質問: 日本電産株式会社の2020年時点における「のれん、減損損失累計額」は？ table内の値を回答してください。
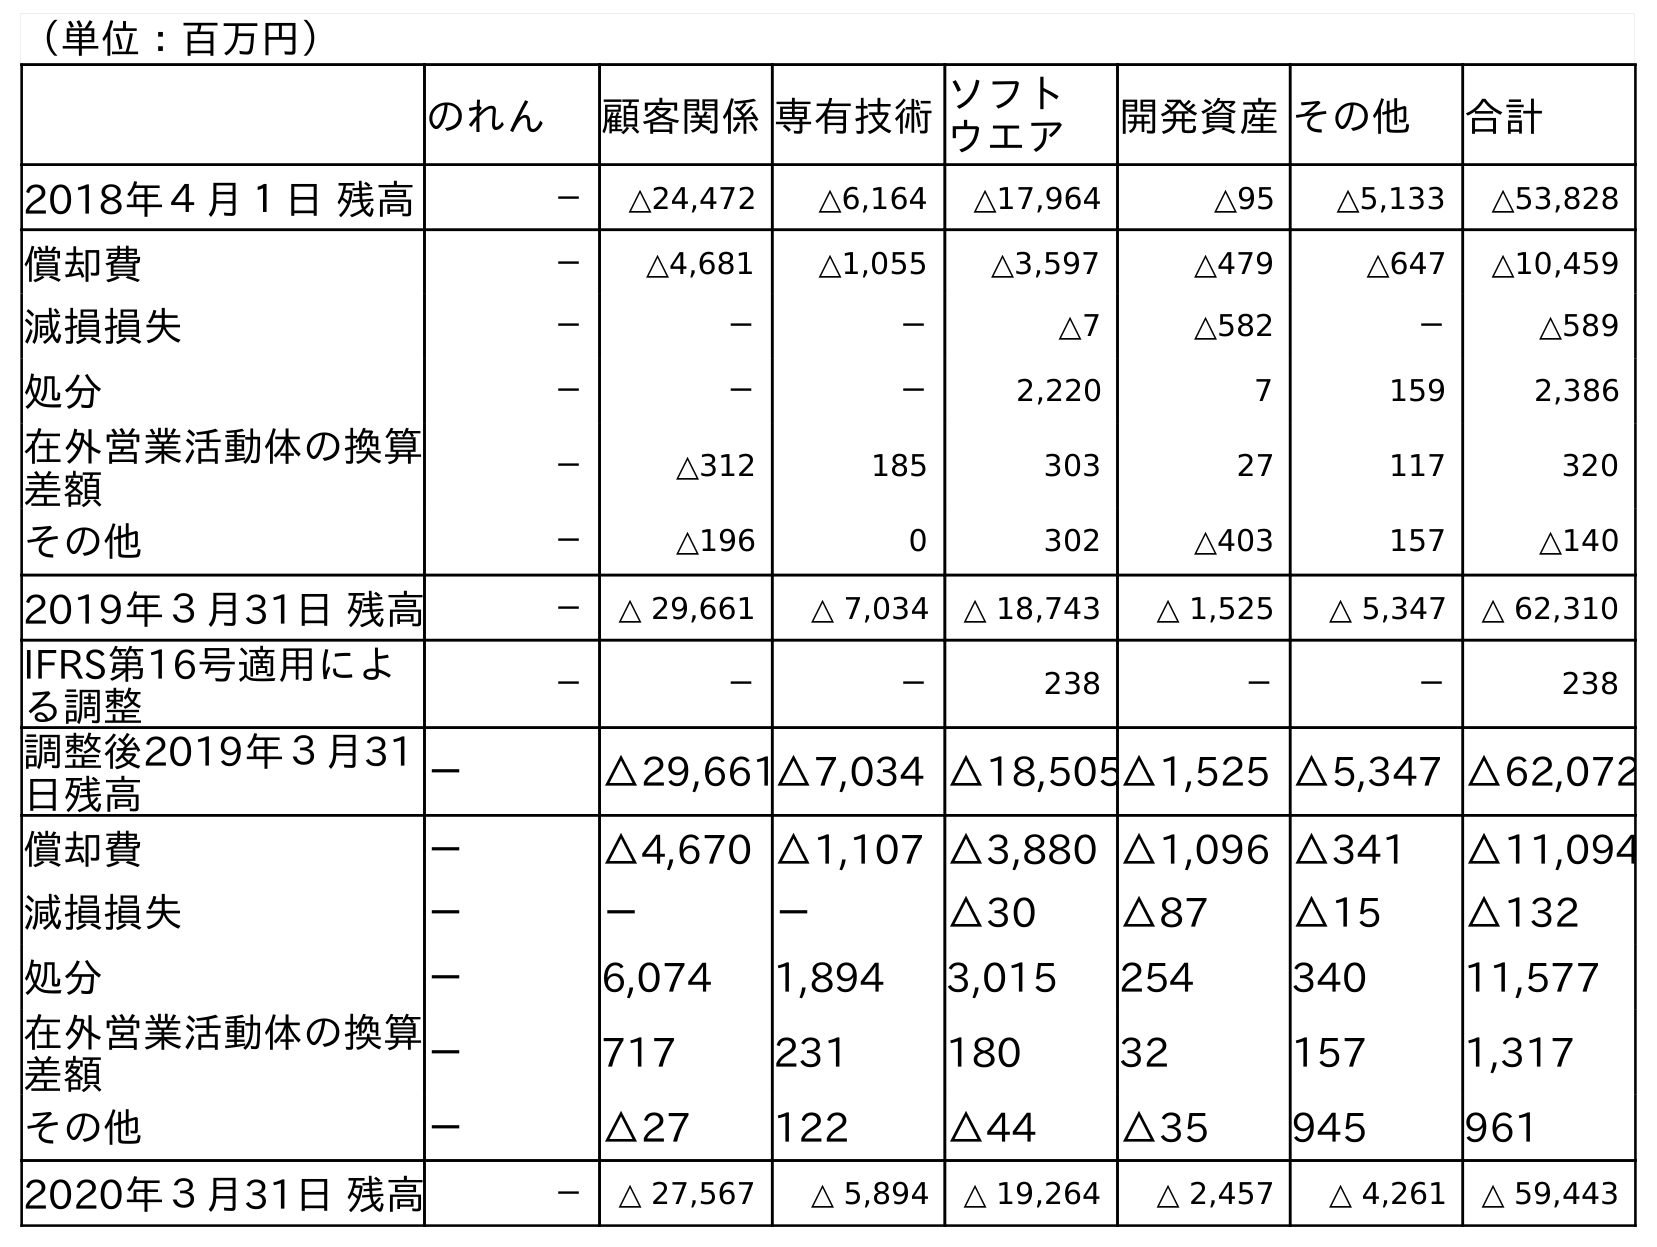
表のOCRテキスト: （単位：百万円） のれん 顧客関係専有技術ソフト ウエア 開発資産その他 合計 2018年４月１日 残高 － △24,472 △6,164 △17,964 △95 △5,133 △53,828 償却費 － △4,681 △1,055 △3,597 △479 △647 △10,459 減損損失 － － － △7 △582 － △589 処分 － － － 2,220 7 159 2,386 在外営業活動体の換算 差額 － △312 185 303 27 117 320 その他 － △196 0 302 △403 157 △140 2019年３月31日 残高 － △ 29,661 △ 7,034 △ 18,743 △ 1,525 △ 5,347 △ 62,310 IFRS第16号適用によ る調整 － － － 238 － － 238 調整後2019年３月31 日残高 － △29,661△7,034 △18,505△1,525 △5,347 △62,072 償却費 － △4,670 △1,107 △3,880 △1,096 △341 △11,094 減損損失 － － － △30 △87 △15 △132 処分 － 6,074 1,894 3,015 254 340 11,577 在外営業活動体の換算 差額 － 717 231 180 32 157 1,317 その他 － △27 122 △44 △35 945 961 2020年３月31日 残高 － △ 27,567 △ 5,894 △ 19,264 △ 2,457 △ 4,261 △ 59,443
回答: －